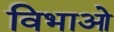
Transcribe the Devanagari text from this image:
विभाओ